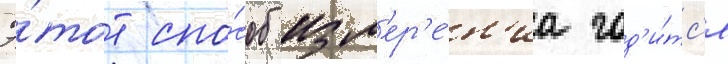
Э́тот спо́соб изм'ер'е́н'иа год'и́тс'я